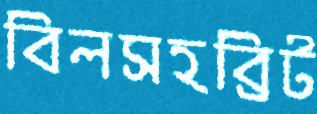
বিলসহব্রিট